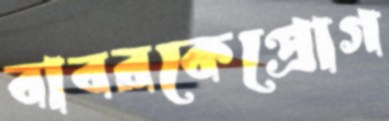
বাবরকেপ্রোগ